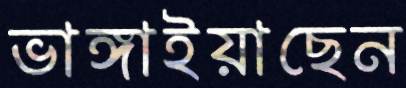
ভাঙ্গাইয়াছেন